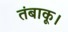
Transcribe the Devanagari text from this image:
तंबाकू।